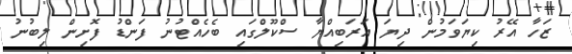
ޒަހާ އޭރު ކިޔަވަމުން ދިޔަ އަރަބިއްޔާ ސްކޫލްގައި ބެހެއްޓުނު ފަންޑު ފޮށިން ލިބުނު